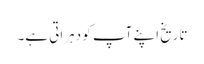
تاریخ اپنے آپ کو دہراتی ہے۔